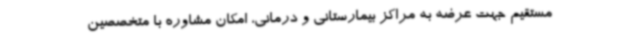
مستقیم جهت عرضه به مراکز بیمارستانی و درمانی، امکان مشاوره با متخصصین